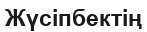
Жүсіпбектің